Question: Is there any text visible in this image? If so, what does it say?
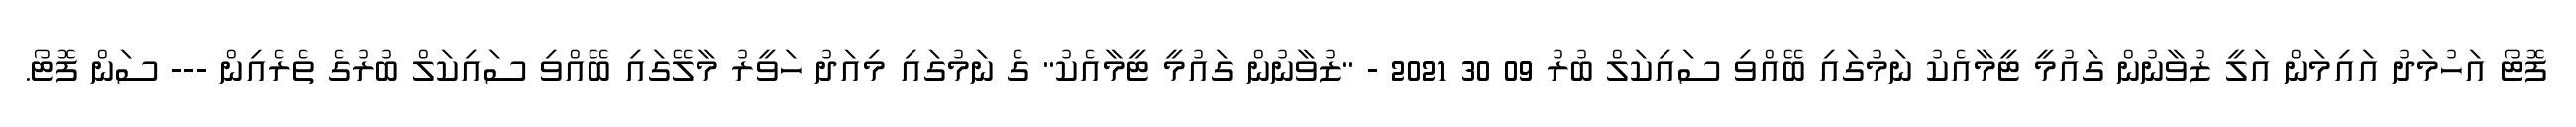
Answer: ފޮޓޯ އަހުމަދު އައިމަން އަލީ ޒުވާނުން ގައުމީ ޓީމާއެކު ނަމުގައި ބޭއްވި ސައިކަލް ބުރު 09 30 2021 - "ޒުވާނުން ގައުމީ ޓީމާއެކު" ގެ ނަމުގައި މިއަދު ހަވީރު މާލޭގައި ބޭއްވި ސައިކަލް ބުރުގެ ތެރެއިން --- ސަން ފޮޓޯ.